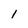
Character: 1